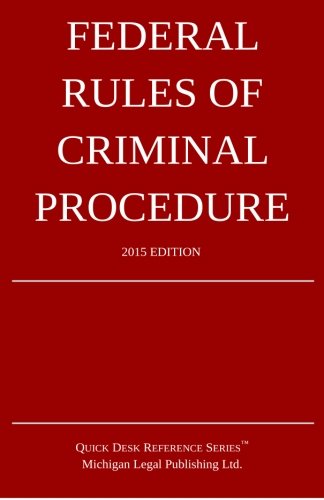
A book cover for Federal Rules of Criminal Procedure; 2015 Edition: Quick Desk Reference Series; Michigan Legal Publishing Ltd.; Law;